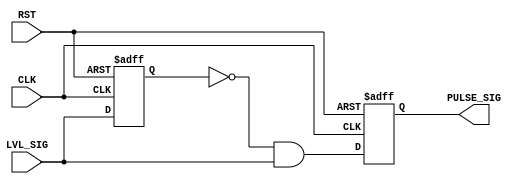
module PULSE_GEN(
				input wire CLK,
				input wire RST,
				input wire LVL_SIG,
				output reg PULSE_SIG
				);
reg internal;
wire pulse;
always @(posedge CLK or negedge RST) begin
	if(~RST) begin
		internal <= 1'b0;
		PULSE_SIG <= 1'b0;
	end
	else begin
		internal <= LVL_SIG;
		PULSE_SIG <= pulse;
	end
end

assign pulse = !internal & LVL_SIG;
endmodule